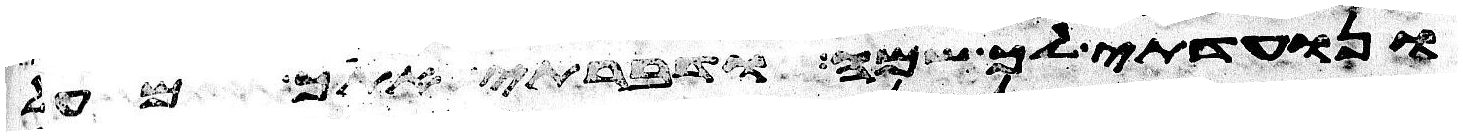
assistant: ונועדתי לך שם ודברתי אתך מעל